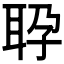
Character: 𬚕